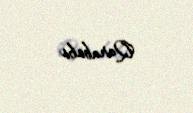
Qarababa